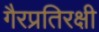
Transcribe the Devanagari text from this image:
गैरप्रतिरक्षी